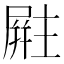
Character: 𪨚